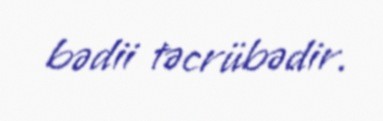
bədii təcrübədir.